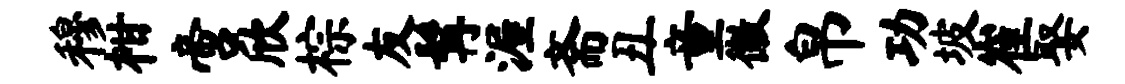
穆柑啻欣棕友髯渥斋丑童徽帛功坡崔娶